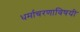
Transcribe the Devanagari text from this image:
धर्माचरणाविषयी